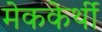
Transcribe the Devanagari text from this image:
मेककेर्थी